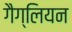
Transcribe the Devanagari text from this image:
गैग्लियन